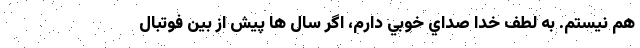
هم نيستم. به لطف خدا صداي خوبي دارم، اگر سال ها پيش از بين فوتبال